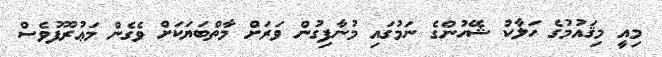
މިއީ މިޤައުމުގެ ހަލާކު ޝޭހުންގެ ނަމުގައި މުނާފިގުން ވަރަށް މާތްބަޔަކަށް ވެގެން މަޢުރޫފުވެސް